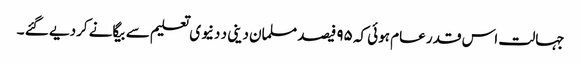
جہالت اس قدر عام ہوئی کہ ۹۵ فیصد مسلمان دینی د دنیوی تعلیم سے بیگانے کردیے گئے ۔